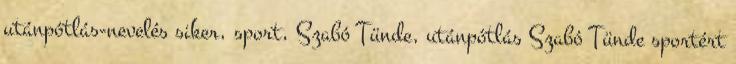
utánpótlás-nevelés siker, sport, Szabó Tünde, utánpótlás Szabó Tünde sportért